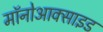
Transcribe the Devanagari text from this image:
मॉनोआक्साइड